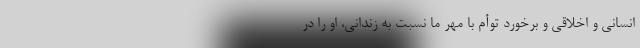
انسانی و اخلاقی و برخورد توأم با مهر ما نسبت به زندانی‌، او را در